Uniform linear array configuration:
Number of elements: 32
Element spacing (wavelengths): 1
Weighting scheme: exponential
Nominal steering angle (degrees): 45
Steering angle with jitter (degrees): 45.518
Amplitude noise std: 0.05
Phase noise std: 0.05

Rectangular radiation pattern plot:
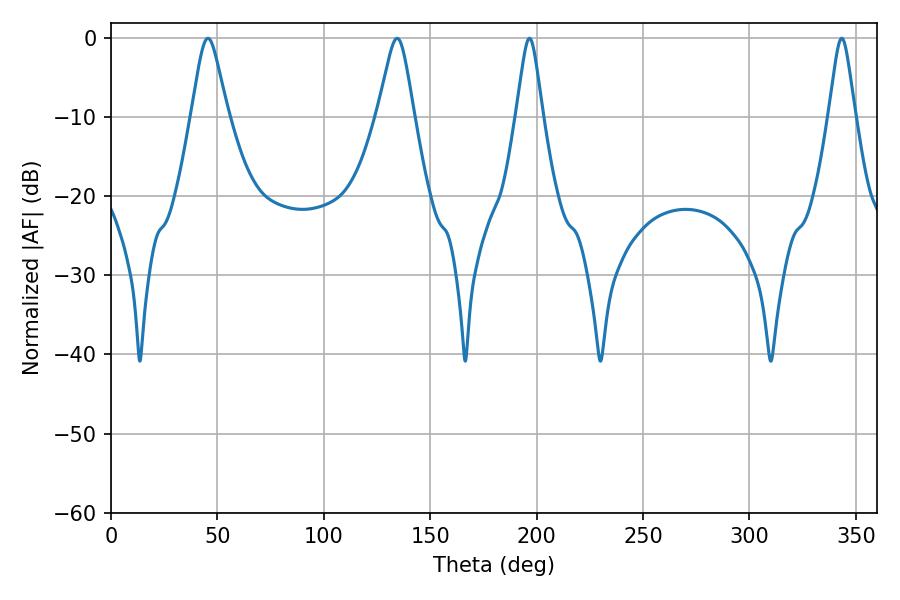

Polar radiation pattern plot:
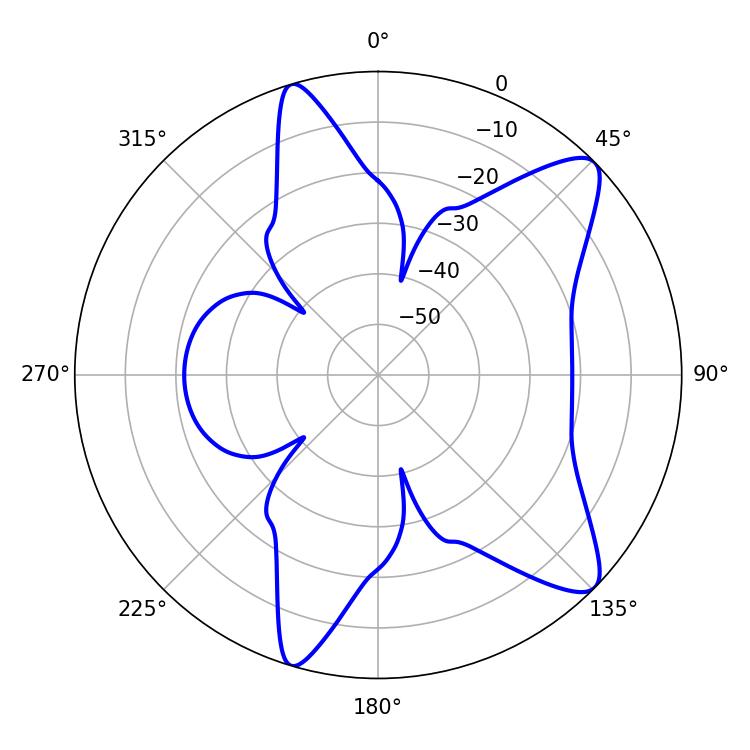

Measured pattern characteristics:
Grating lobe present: TRUE
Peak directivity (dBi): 10.397
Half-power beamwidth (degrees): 8.28
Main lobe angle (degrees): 45.54